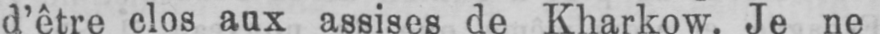
d’être clos aux assises de Kharkow. Je ne